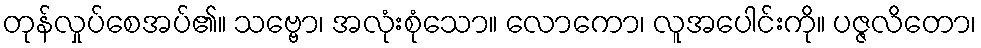
တုန်လှုပ်စေအပ်၏။ သဗ္ဗော၊ အလုံးစုံသော။ လောကော၊ လူအပေါင်းကို။ ပဇ္ဇလိတော၊